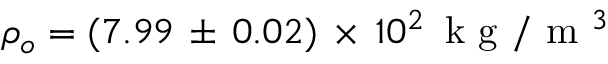
\rho _ { o } = ( 7 . 9 9 \, \pm \, 0 . 0 2 ) \, \times \, 1 0 ^ { 2 } \, \mathrm { ~ k ~ g ~ } / \mathrm { ~ m ~ } ^ { 3 }